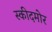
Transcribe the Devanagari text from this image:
स्कीदमोर